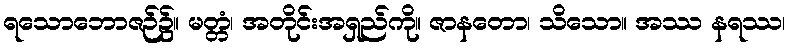
ရသောဘောဇဉ်၌။ မတ္တံ၊ အတိုင်းအရှည်ကို။ ဇာနတော၊ သိသော။ အဿ နရဿ၊